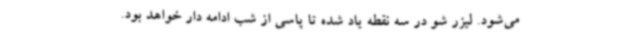
می‌شود. لیزر شو در سه نقطه یاد شده تا پاسی از شب ادامه دار خواهد بود.